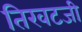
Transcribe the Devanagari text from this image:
तिखटजी